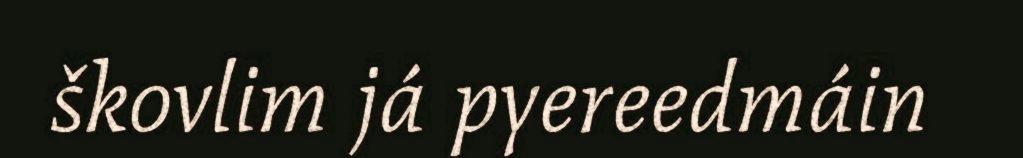
škovlim já pyereedmáin